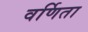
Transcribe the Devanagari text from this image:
वर्णिता